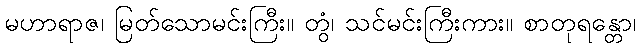
မဟာရာဇ၊ မြတ်သောမင်းကြီး။ တွံ၊ သင်မင်းကြီးကား။ စာတုရန္တော၊